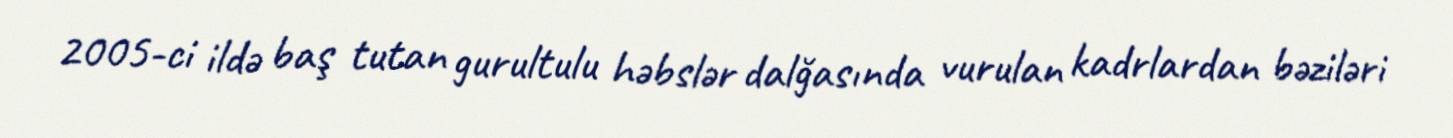
2005-ci ildə baş tutan gurultulu həbslər dalğasında vurulan kadrlardan bəziləri